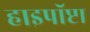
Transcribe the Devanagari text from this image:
हाइपॉप्टा